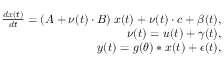
\begin{array} { r } { \frac { d \boldsymbol { x } ( t ) } { d t } = ( \boldsymbol { A } + \nu ( t ) \cdot \boldsymbol { B } ) \: \boldsymbol { x } ( t ) + \nu ( t ) \cdot \boldsymbol { c } + \boldsymbol { \beta } ( t ) , } \\ { \nu ( t ) = u ( t ) + \gamma ( t ) , } \\ { \boldsymbol { y } ( t ) = g ( \theta ) * \boldsymbol { x } ( t ) + \boldsymbol { \epsilon } ( t ) , } \end{array}